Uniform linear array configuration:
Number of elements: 32
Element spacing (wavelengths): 0.5
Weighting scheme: cosine
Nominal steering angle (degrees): -15
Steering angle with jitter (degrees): -16.584
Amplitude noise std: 0.05
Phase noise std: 0.05

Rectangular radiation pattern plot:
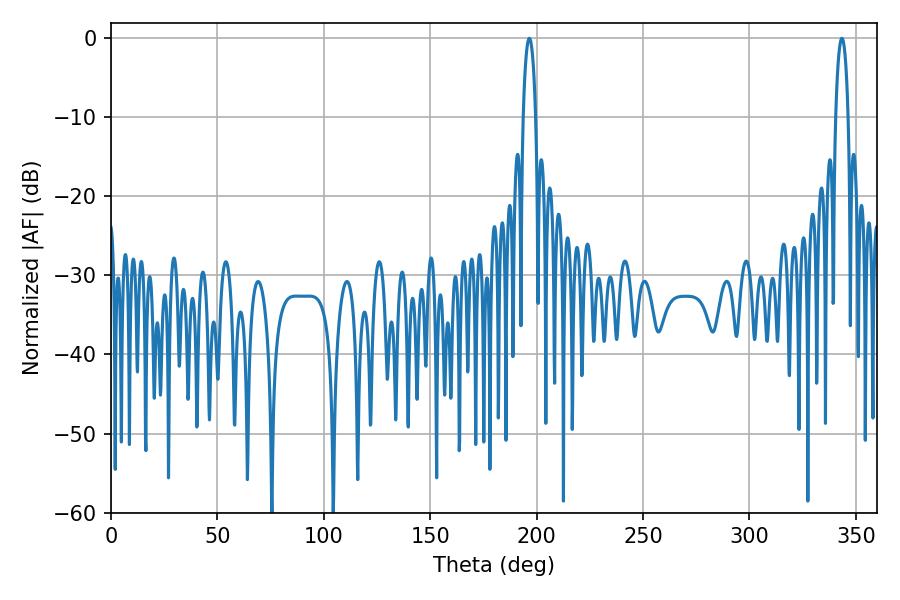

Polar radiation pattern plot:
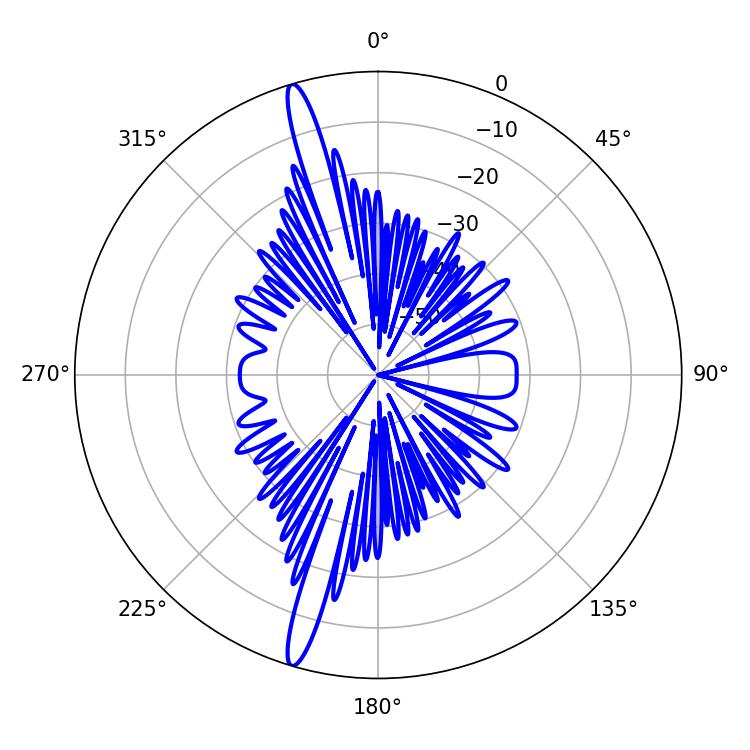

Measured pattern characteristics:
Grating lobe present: FALSE
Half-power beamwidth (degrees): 3.24
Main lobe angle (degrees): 196.56